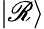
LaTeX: |\mathscr{R}\rangle